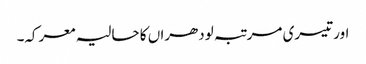
اور تیسری مرتبہ لودھراں کا حالیہ معرکہ۔